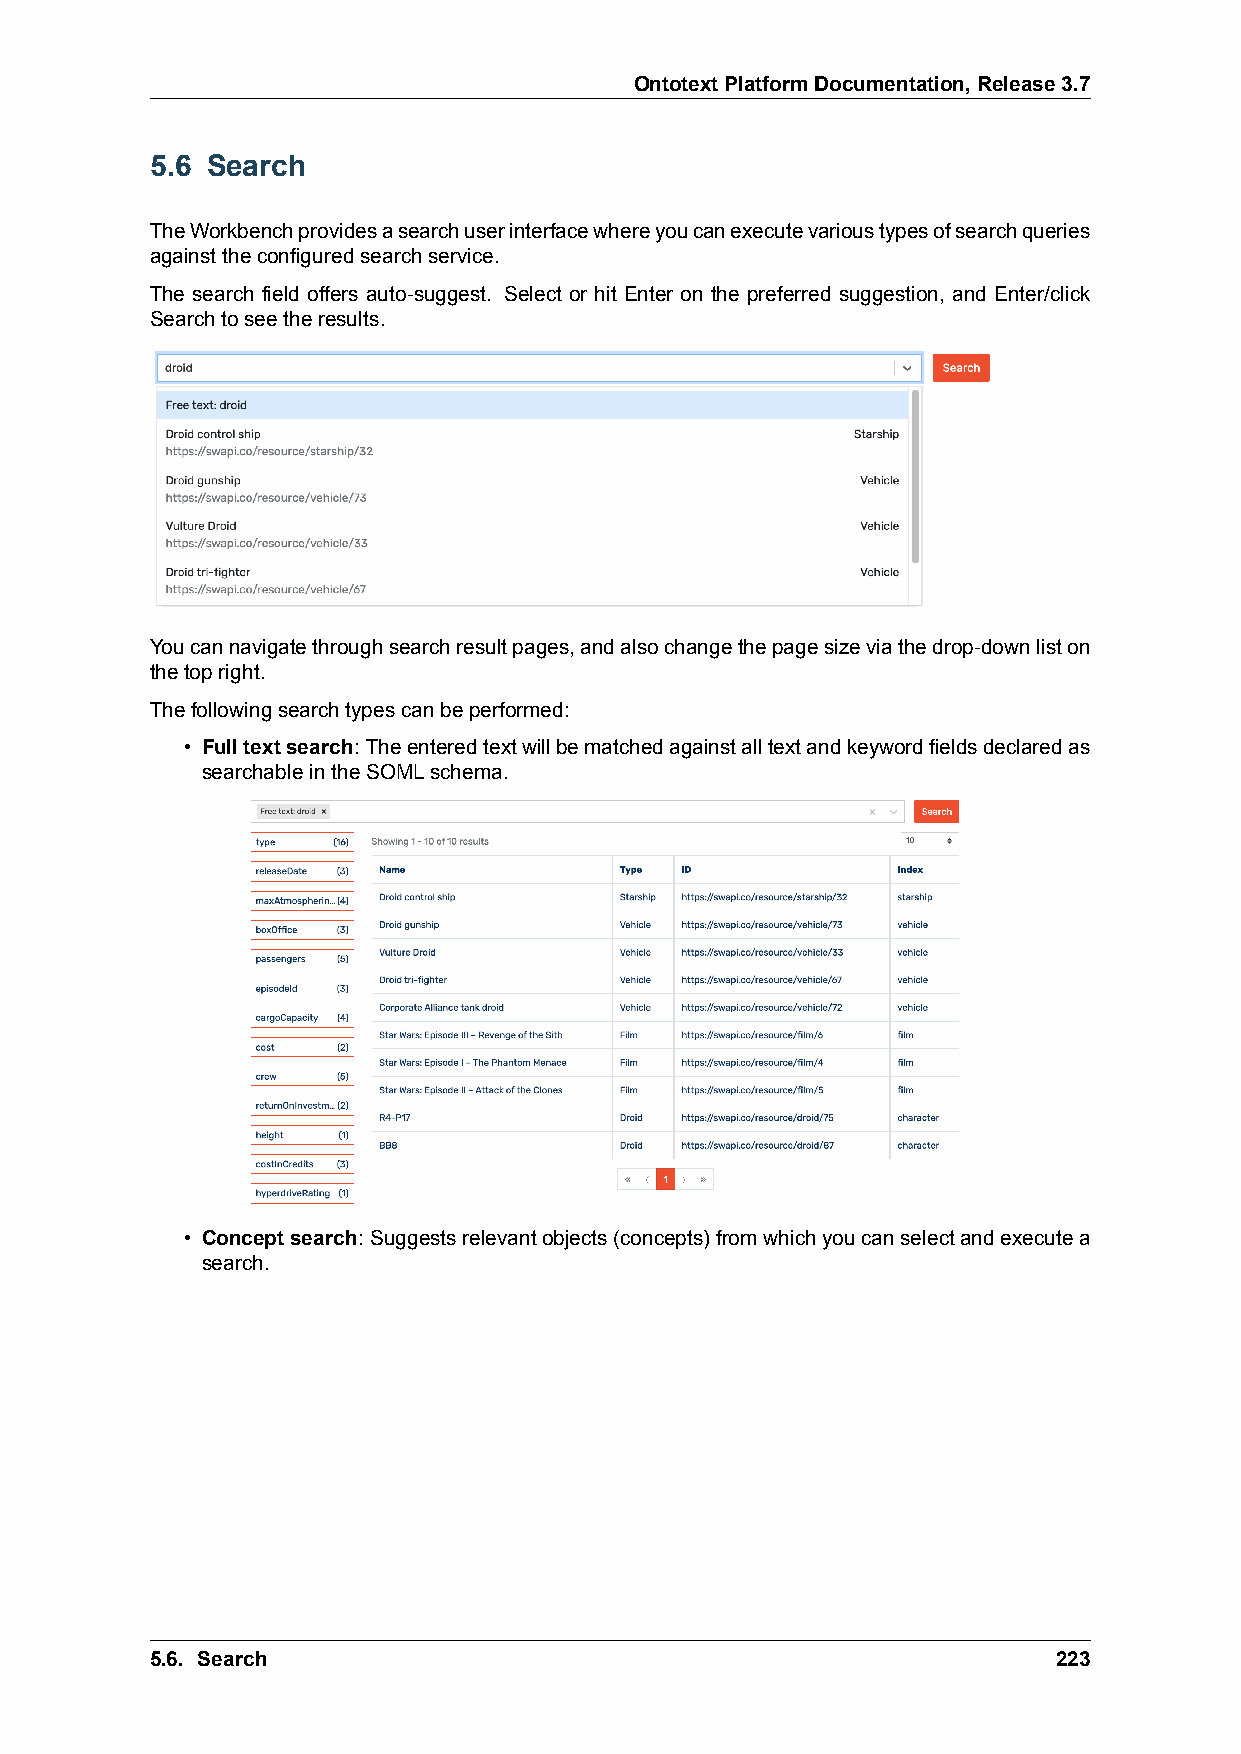
OntotextPlatformDocumentation,Release3.7
 5.6 Search
 TheWorkbenchprovidesasearchuserinterfacewhereyoucanexecutevarioustypesofsearchqueries
 againsttheconfiguredsearchservice.
 The search field offers auto-suggest. Select or hit Enter on the preferred suggestion, and Enter/click
 Searchtoseetheresults.
 Youcannavigatethroughsearchresultpages,andalsochangethepagesizeviathedrop-downliston
 thetopright.
 Thefollowingsearchtypescanbeperformed:
 • Fulltextsearch: Theenteredtextwillbematchedagainstalltextandkeywordfieldsdeclaredas
 searchableintheSOMLschema.
 • Conceptsearch: Suggestsrelevantobjects(concepts)fromwhichyoucanselectandexecutea
 search.
 5.6. Search                                                 223